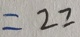
= 2 2